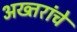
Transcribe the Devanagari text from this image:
अख्तरांचे